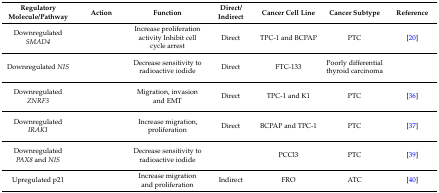
<table><thead><tr><td><b>Regulatory Molecule/Pathway</b></td><td><b>Action</b></td><td><b>Function</b></td><td><b>Direct/Indirect</b></td><td><b>Cancer Cell Line</b></td><td><b>Cancer Subtype</b></td><td><b>Reference</b></td></tr></thead><tbody><tr><td>Downregulated <i>SMAD4</i></td><td>[EMPTY_CELL]</td><td>Increase proliferation activity Inhibit cell cycle arrest</td><td>Direct</td><td>TPC-1 and BCPAP</td><td>PTC</td><td>[20]</td></tr><tr><td>Downregulated <i>NIS</i></td><td>[EMPTY_CELL]</td><td>Decrease sensitivity to radioactive iodide</td><td>Direct</td><td>FTC-133</td><td>Poorly differential thyroid carcinoma</td><td>[EMPTY_CELL]</td></tr><tr><td>Downregulated <i>ZNRF3</i></td><td>[EMPTY_CELL]</td><td>Migration, invasion and EMT</td><td>Direct</td><td>TPC-1 and K1</td><td>PTC</td><td>[36]</td></tr><tr><td>Downregulated <i>IRAK1</i></td><td>[EMPTY_CELL]</td><td>Increase migration, proliferation</td><td>Direct</td><td>BCPAP and TPC-1</td><td>PTC</td><td>[37]</td></tr><tr><td>Downregulated <i>PAX8</i> and <i>NIS</i></td><td>[EMPTY_CELL]</td><td>Decrease sensitivity to radioactive iodide</td><td>[EMPTY_CELL]</td><td>PCCl3</td><td>PTC</td><td>[39]</td></tr><tr><td>Upregulated p21</td><td>[EMPTY_CELL]</td><td>Increase migration and proliferation</td><td>Indirect</td><td>FRO</td><td>ATC</td><td>[40]</td></tr></tbody></table>